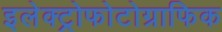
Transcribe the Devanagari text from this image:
इलेक्ट्रोफोटोग्राफिक